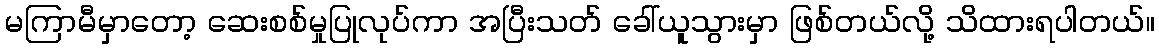
မကြာမီမှာတော့ ဆေးစစ်မှုပြုလုပ်ကာ အပြီးသတ် ခေါ်ယူသွားမှာ ဖြစ်တယ်လို့ သိထားရပါတယ်။